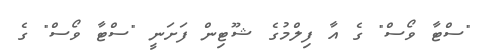
"ސްޓާ ވޯސް" ގެ އާ ފިލްމުގެ ޝޫޓިން ފަށަނީ "ސްޓާ ވޯސް" ގެ